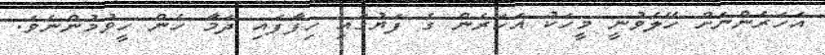
އަހަރެންނަށް ހޭލެވުނީ މީހަކު އަހަރެން ގެ ފަޔުގައި ހިފާފައި ދަމާ ހެން ހީވުމުންނެވެ.